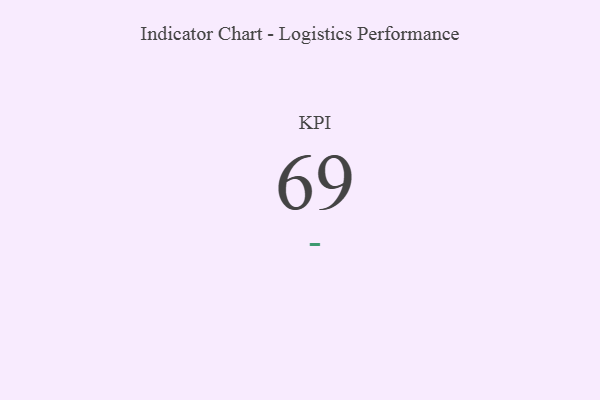
{"axis": {"x": "KPI", "y": "Value"}, "legend": [""], "data": [{"x": "KPI", "y": 69, "type": ""}]}